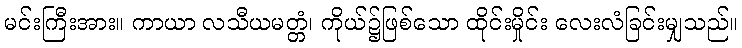
မင်းကြီးအား။ ကာယာ လသီယမတ္တံ၊ ကိုယ်၌ဖြစ်သော ထိုင်းမှိုင်း လေးလံခြင်းမျှသည်။